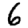
Digit: 6